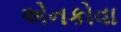
એનકોવા